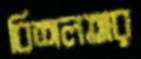
বিশলতার